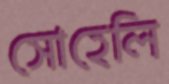
সোহেলি